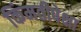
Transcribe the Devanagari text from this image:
किंमतीपेक्षा